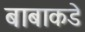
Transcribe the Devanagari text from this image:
बाबाकडे